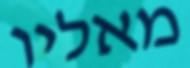
מאליו